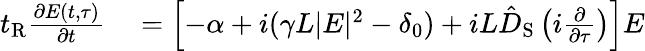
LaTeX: \begin{array}{rl}{t_{\mathrm{R}}\frac{\partial E(t,\tau)}{\partial t}}&{{}=\left[-\alpha+i(\gamma L|E|^{2}-\delta_{0})+iL\hat{D}_{\mathrm{S}}\left(i\frac{\partial}{\partial\tau}\right)\right]E}\end{array}